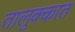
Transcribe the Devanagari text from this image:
तालुक्कात